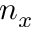
n _ { x }